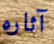
آثاره